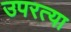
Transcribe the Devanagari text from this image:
उपरत्या